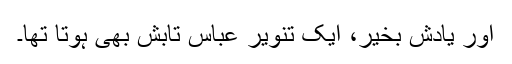
اور یادش بخیر، ایک تنویر عباس تابش بھی ہوتا تھا۔